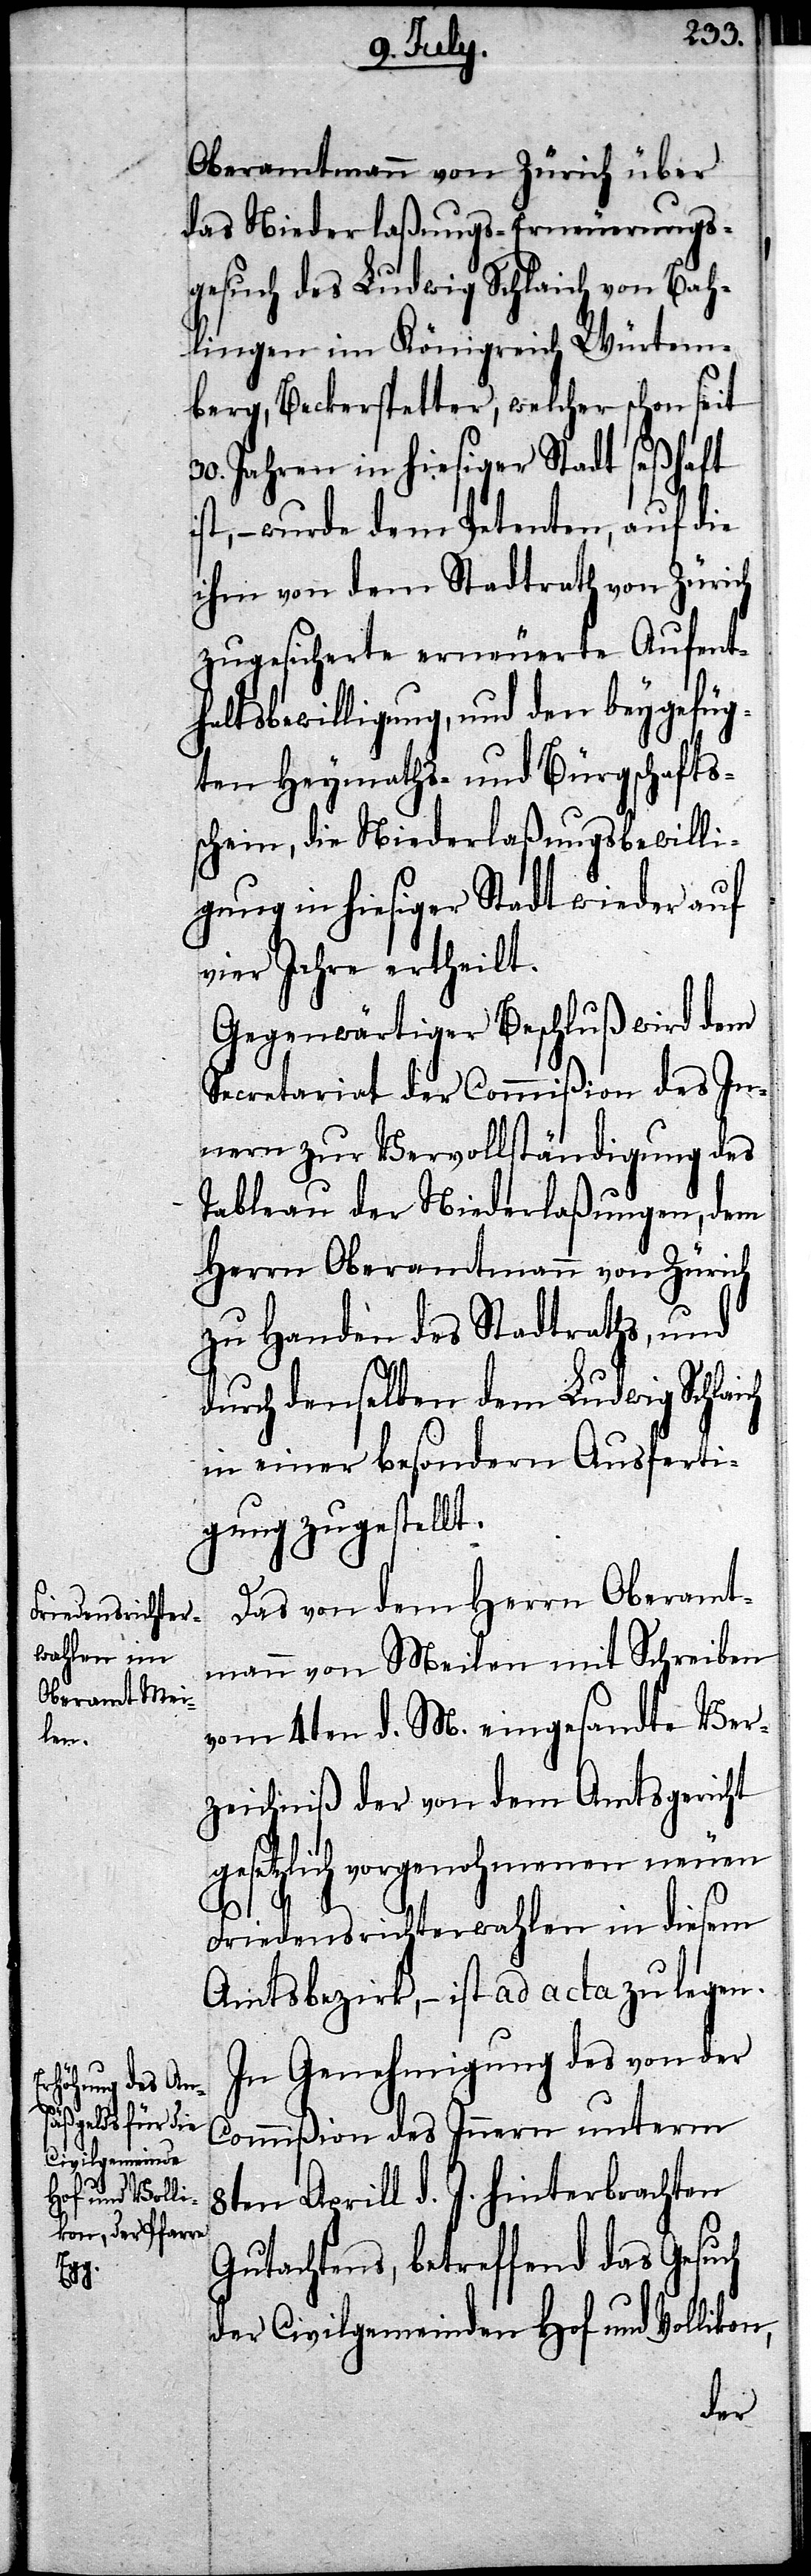
Oberamtmann von Zürich über
das Niederlaßungs-Erneuerungs¬
gesuch des Ludwig Schlaich von Bah¬
lingen im Königreich Würtem¬
berg, Beckerspetter, welcher schon seit
30. Jahren in hiesiger Stadt seßhaft
ist, – wurde dem Petenten, auf die
ihm von dem Stadtrath von Zürich
zugesicherte erneuerte Aufent¬
haltsbewilligung, und den beygefüg¬
ten Heymaths- und Bürgschafts¬
schein, die Niederlaßungsbewilli¬
gung in hiesiger Stadt wieder auf
vier Jahre ertheilt.
Gegenwärtiger Beschluß wird dem
Secretariat der Commißion des In¬
nern zur Vervollständigung des
Tableau der Niederlaßungen, dem
Herrn Oberamtmann von Zürich
zu Handen des Stadtraths, und
durch denselben dem Ludwig Schlaich
in einer besondern Ausferti¬
gung zugestellt.
Das von dem Herrn Oberamt¬
mann von Meilen mit Schreiben
vom 4ten d. M. eingesandte Ver¬
zeichniß der von dem Amtsgericht
gesetzlich vorgenohmenen neuen
Friedensrichterwahlen in diesem
Amtsbezirk, – ist ad acta zu legen.
In Genehmigung des von der
Commißion des Innern unterm
8ten Aprill d. J. hinterbrachten
Gutachtens, betreffend das Gesuch
der Civilgemeinden Hof und Vollikon,